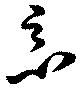
惡